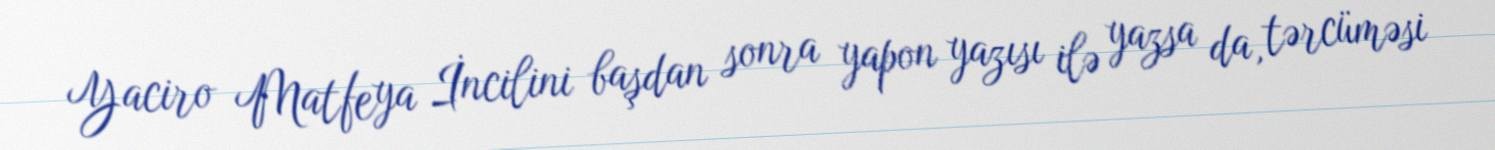
Yaciro Matfeya İncilini başdan sonra yapon yazısı ilə yazsa da, tərcüməsi